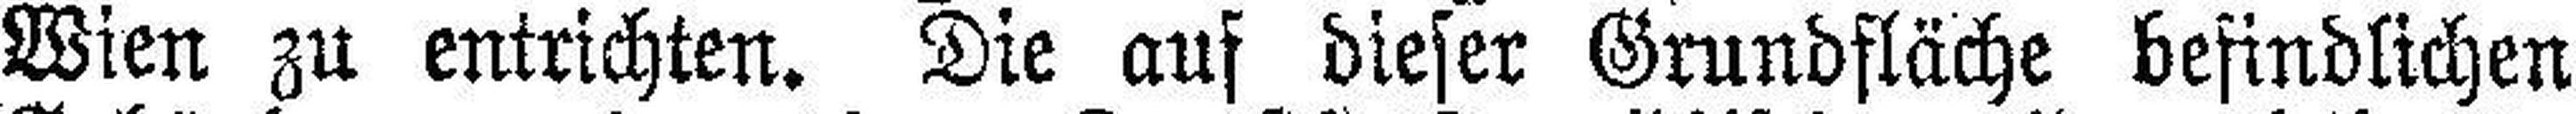
Wien zu entrichten. Die auf dieser Grundfläche befindlichen